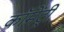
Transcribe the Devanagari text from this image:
कॉमेंट्री